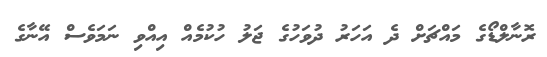
ރޮނާލްޑޯގެ މައްޗަށް ދެ އަހަރު ދުވަހުގެ ޖަލު ހުކުމެއް އިއްވި ނަމަވެސް އޭނާގެ